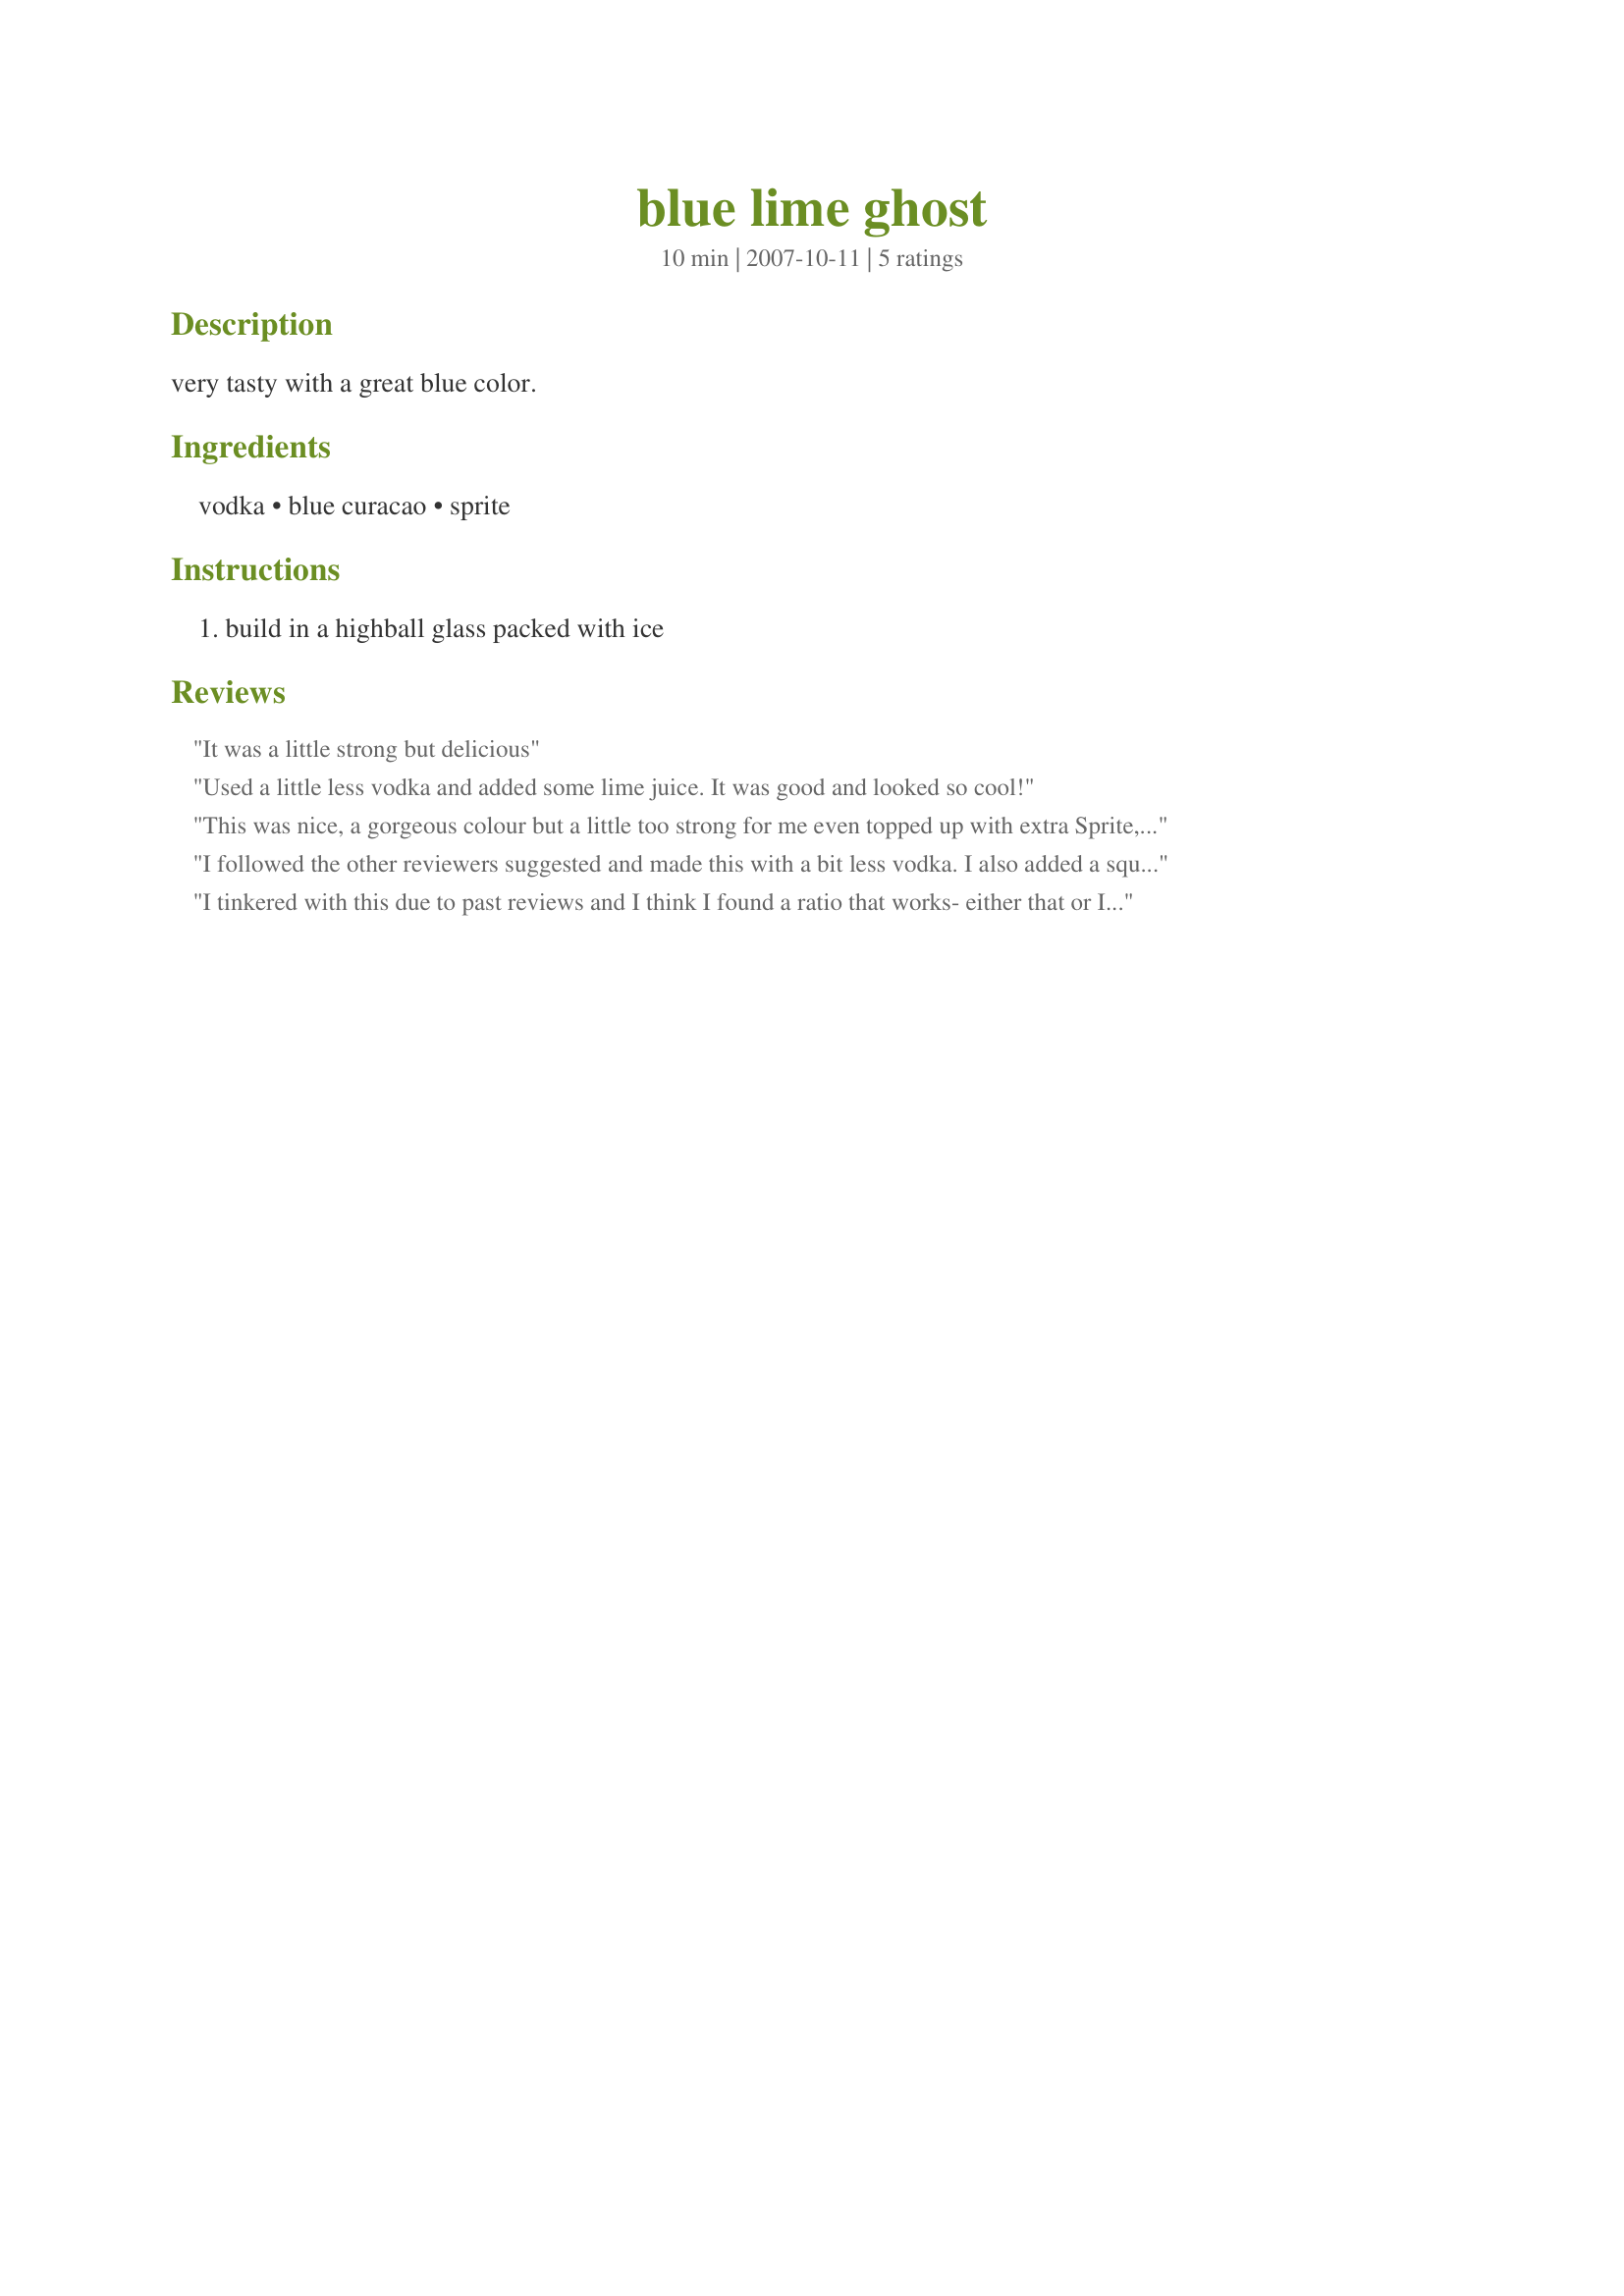
blue lime ghost
Preparation time: 10 minutes

very tasty with a great blue color.

Ingredients:
vodka, blue curacao, sprite

Steps:
build in a highball glass packed with ice

Reviews:
It was a little strong but delicious
Used a little less vodka and added some lime juice. It was good and looked so cool!
This was nice, a gorgeous colour but a little too strong for me even topped up with extra Sprite, if I make again I think I would reduce the vodka by a little. Thanks Alia!
I followed the other reviewers suggested and made this with a bit less vodka. I also added a squeeze of lime juice for some extra lime flavor.
I tinkered with this due to past reviews and I think I found a ratio that works- either that or I sampled so many my brain was out of whack! lol I really liked this with the alcohol ingredients as 1 oz vodka and 1.5 oz blue curacao and 12 oz sprite plus ice. Still has the same beautiful color and misty appearance. Very cool! Made for Bev Tag
